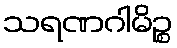
သရဏဂါမိဉ္စ